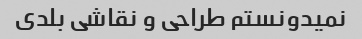
نمیدونستم طراحی و نقاشی بلدی